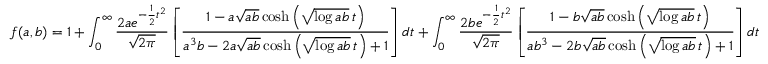
f ( a , b ) = 1 + \int _ { 0 } ^ { \infty } { \frac { 2 a e ^ { - { \frac { 1 } { 2 } } t ^ { 2 } } } { \sqrt { 2 \pi } } } \left[ { \frac { 1 - a { \sqrt { a b } } \cosh \left( { \sqrt { \log a b } } \, t \right) } { a ^ { 3 } b - 2 a { \sqrt { a b } } \cosh \left( { \sqrt { \log a b } } \, t \right) + 1 } } \right] d t + \int _ { 0 } ^ { \infty } { \frac { 2 b e ^ { - { \frac { 1 } { 2 } } t ^ { 2 } } } { \sqrt { 2 \pi } } } \left[ { \frac { 1 - b { \sqrt { a b } } \cosh \left( { \sqrt { \log a b } } \, t \right) } { a b ^ { 3 } - 2 b { \sqrt { a b } } \cosh \left( { \sqrt { \log a b } } \, t \right) + 1 } } \right] d t